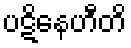
ပဋိနေဟီတိ